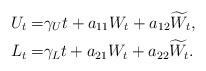
LaTeX: \begin{align*}U_t = & \gamma_U t + a_{11} W_t + a_{12} \widetilde W_t, \\L_t = & \gamma_L t + a_{21} W_t + a_{22} \widetilde W_t.\end{align*}